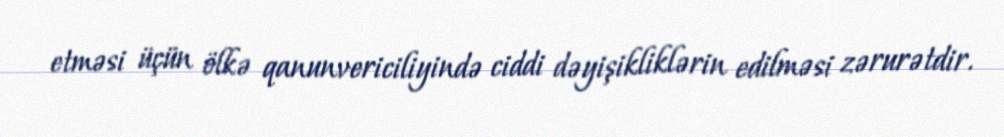
etməsi üçün ölkə qanunvericiliyində ciddi dəyişikliklərin edilməsi zərurətdir.